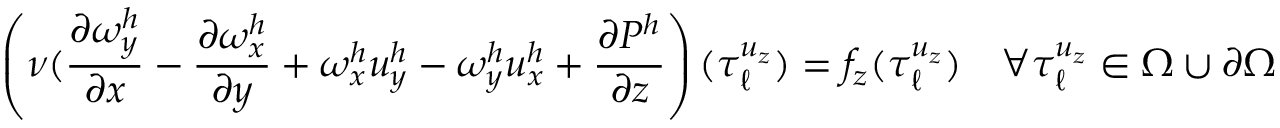
\left( \nu ( \frac { \partial \omega _ { y } ^ { h } } { \partial x } - \frac { \partial \omega _ { x } ^ { h } } { \partial y } + \omega _ { x } ^ { h } u _ { y } ^ { h } - \omega _ { y } ^ { h } u _ { x } ^ { h } + \frac { \partial P ^ { h } } { \partial z } \right) ( \boldsymbol { \tau } _ { \ell } ^ { u _ { z } } ) = f _ { z } ( \boldsymbol { \tau } _ { \ell } ^ { u _ { z } } ) \quad \forall \boldsymbol { \tau } _ { \ell } ^ { u _ { z } } \in \Omega \cup \partial \Omega